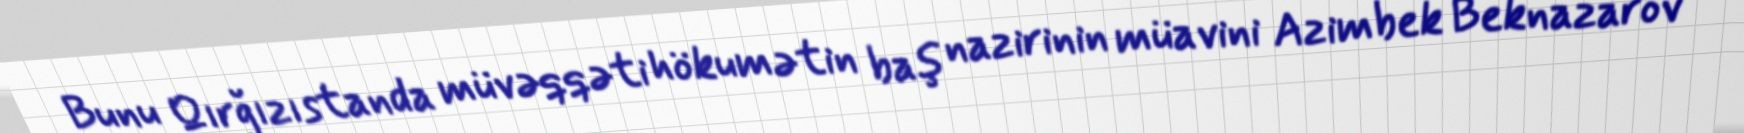
Bunu Qırğızıstanda müvəqqəti hökumətin baş nazirinin müavini Azimbek Beknazarov